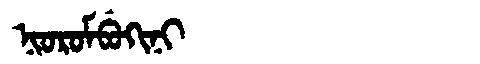
Manchu: ᠨᡳᠣᡵᠣᠮᠪᡠᡴᡳᠨᡳ
Romanization: NIOROMBUKINI